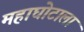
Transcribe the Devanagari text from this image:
महाघोटाला